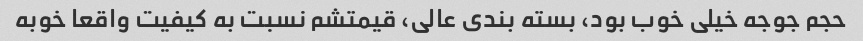
حجم جوجه خیلی خوب بود، بسته بندی عالی، قیمتشم نسبت به کیفیت واقعا خوبه